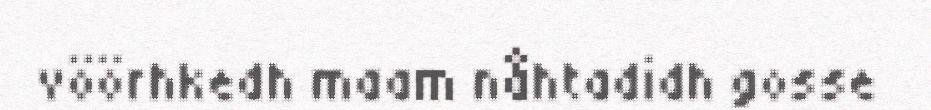
vöörhkedh maam nåhtadidh gosse